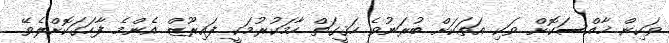
ވަކިން ޚާއްސަކޮށް ވަކި އަތަކަށް ބުރަނުވެ ހަޤީގަތް ހާމަކުރުމަކީ ފައިރޫޒް އެންމެ ފާހަގަކޮށްލެވޭ